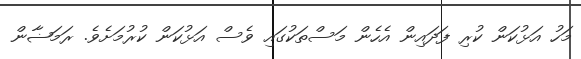
މަހު އަޅުކަން ކުރި ފަދައިން އެހެން މަސްތަކުގައި ވެސް އަޅުކަން ކުރުމަށެވެ. ރަމަޟާން